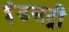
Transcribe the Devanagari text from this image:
इंडसट्री